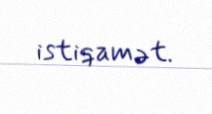
istiqamət.